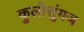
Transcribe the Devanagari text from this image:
कुलोत्तुंगज